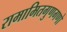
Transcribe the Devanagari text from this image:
रामामितगुणगणो